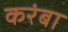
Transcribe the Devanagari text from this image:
करंबा